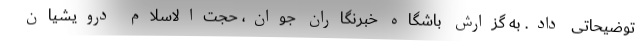
توضیحاتی داد. به گزارش باشگاه خبرنگاران جوان، حجت‌الاسلام درویشیان